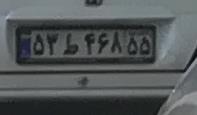
۴۳ط۴۶۸۱۵